Leaving Certificate Examination, 1922
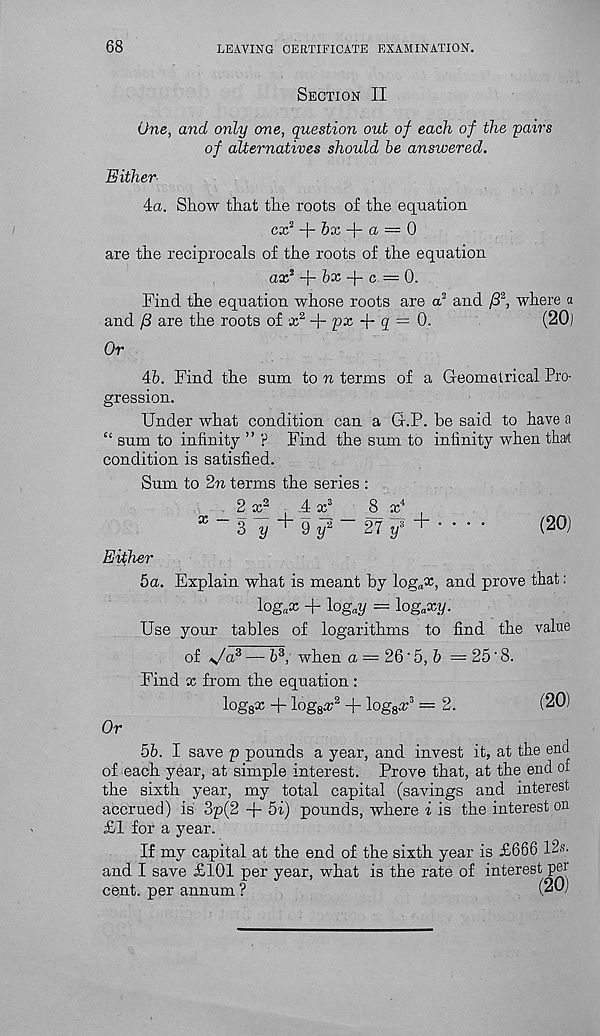
68
LEAVING CERTIFICATE EXAMINATION.
Section II
One, and only one, question out of each of the pairs
of alternatives should be answered.
Either
4a. Show that the roots of the equation
cx 2 + &x + a = 0
are the reciprocals of the roots of the equation
ax 1
bx -j- c — 0.
Find the equation whose roots are a 2 and /3 2 , where a
and ft are the roots of x 2 + px -f- g = 0.
(20)
Or
4b. Find the sum to n terms of a Geometrical Pro-
gression.
Under what condition can a G.P. be said to have a
“ sum to infinity ” p Find the sum to infinity when thart
condition is satisfied.
Sum to 2n terms the series :
2 x 2
4 x 3
8 x 4 ,
X ~ 3 ^ + 9 ^ “ 27 y 3 ' + • * • •
(20)
Either
5a. Explain what is meant by log„x, and prove that:
log a x + log a y = log a xy.
Use your tables of logarithms to find the value
of \/a 3 — b 3 , when a = 26 ‘ 5, 6 = 25'8.
Find x from the equation :
logs 31 + logs^2 + log 8^3 = 2.
(20)
Or
5b. I save p pounds a year, and invest it, at the end
of each year, at simple interest. Prove that, at the end of
the sixth year, my total capital (savings and interest
accrued) is 3p(2 + 5i) pounds, where i is the interest on
£1 for a year.
If my capital at the end of the sixth year is £666 12s-
and I save £101 per year, what is the rate of interest pei
cent, per annum ?
(20)